Physical education and physical well-being, 1936
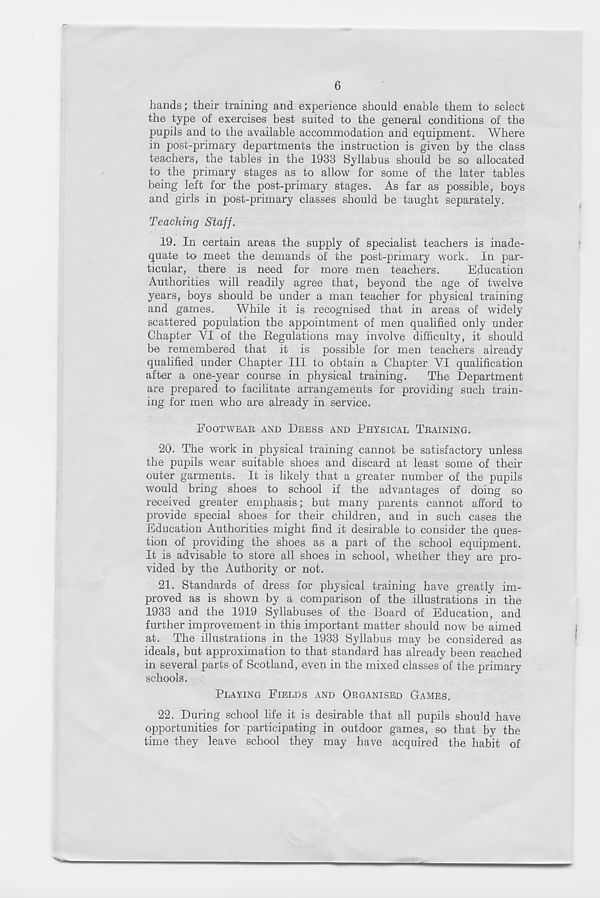
6
hands; their training and experience should enable them to select
the type of exercises best suited to the general conditions of the
pupils and to the available accommodation and equipment. Where
in post-primary departments the instruction is given by the class
teachers, the tables in the 1933 Syllabus should be so allocated
to the primary stages as to allow for some of the later tables
being left for the post-primary stages. As far as possible, boys
and girls in post-primary classes should be taught separately.
Teaching Staff.
19. In certain areas the supply of specialist teachers is inade-
quate to meet the demands of the post-primary work. In par-
ticular, there is need for more men teachers.
Education
Authorities will readily agree that, beyond the age of twelve
years, boys should be under a man teacher for physical training
and games.
While it is recognised that in areas of widely
scattered population the appointment of men qualified only under
Chapter YI of the Regulations may involve difficulty, it should
be remembered that it is possible for men teachers already
qualified under Chapter III to obtain a Chapter YI qualification
after a one-year course in physical training.
The Department
are prepared to facilitate arrangements for providing such train-
ing for men who are already in service.
FOOTWEAR AND DBESS AND PHYSICAL TRAINING.
20. The work in physical training cannot be satisfactory unless
the pupils wear suitable shoes and discard at least some of their
outer garments. It is likely that a greater number of the pupils
would bring shoes to school if the advantages of doing so
received greater emphasis; but many parents cannot afford to
provide special shoes for their children, and in such cases the
Education Authorities might find it desirable to consider the ques-
tion of providing the shoes as a part of the school equipment.
It is advisable to store all shoes in school, whether they are pro-
vided by the Authority or not.
21. Standards of dress for physical training have greatly im-
proved as is shown by a comparison of the illustrations in the
1933 and the 1919 Syllabuses of the Board of Education, and
further improvement in this important matter should now be aimed
at. The illustrations in the 1933 Syllabus may be considered as
ideals, but approximation to that standard has already been reached
in several parts of Scotland, even in the mixed classes of the primary
schools.
PLAYING FIELDS AND ORGANISED GAMES.
22. During school life it is desirable that all pupils should have
opportunities for participating in outdoor games, so that by the
time they leave school they may have acquired the habit of